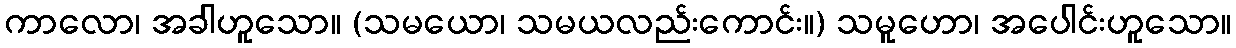
ကာလော၊ အခါဟူသော။ (သမယော၊ သမယလည်းကောင်း။) သမူဟော၊ အပေါင်းဟူသော။